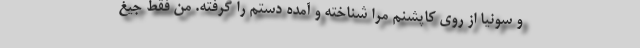
و سونیا از روی کاپشنم مرا شناخته و آمده دستم را گرفته. من فقط جیغ